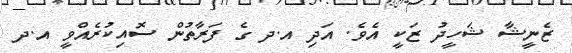
ޒެނީޝާ ޝަހީދު ޒަކީ އެވެ. އަދި އ.ދ ގެ ފަރާތުން ސޮއިކުރެއްވީ އ.ދ